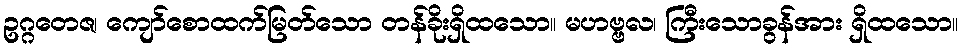
ဥဂ္ဂတေဇ၊ ကျော်စောထက်မြတ်သော တန်ခိုးရှိထသော။ မဟဗ္ဗလ၊ ကြီးသောခွန်အား ရှိထသော။